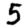
Digit: 5